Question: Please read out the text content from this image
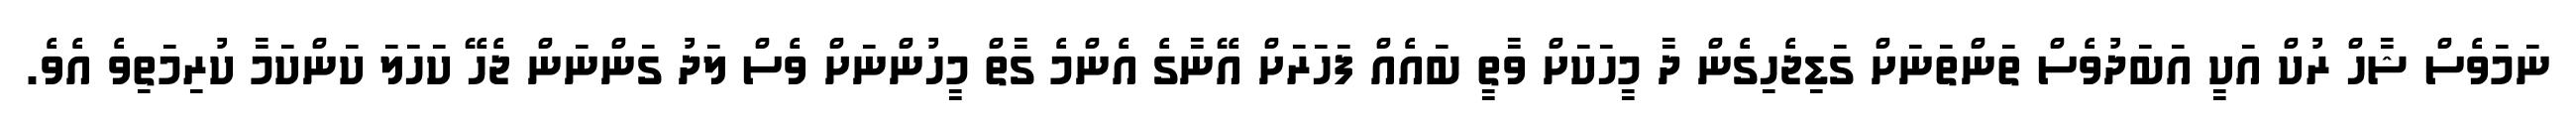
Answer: ނަމަވެސް ޝާހް ރުކް އަކީ އަބަދުވެސް ތަންތަނަށް ގަޑިޖެހިގެން ދާ މީހަކަށް ވާތީ ބައެއް ފަހަރަށް އޭނާގެ އެންމެ ގާތް މީހުންނަށް ވެސް ލަދު ގަންނަން ޖެހޭ ކަހަލަ ކަންކަމާ ކުރިމަތިވެ އެވެ.